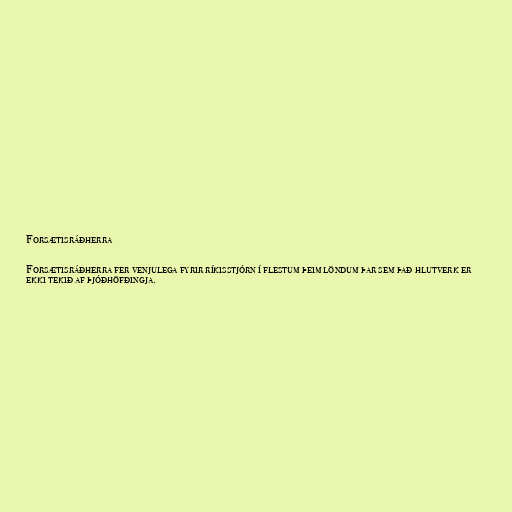
Forsætisráðherra

Forsætisráðherra fer venjulega fyrir ríkisstjórn í flestum þeim löndum þar sem það hlutverk er
ekki tekið af þjóðhöfðingja.